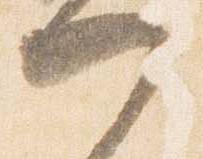
門